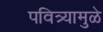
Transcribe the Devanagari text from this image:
पवित्र्यामुळे